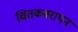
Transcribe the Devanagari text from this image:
चितकबरापन